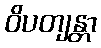
ဝိပတျန္တာ